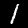
Digit: 1